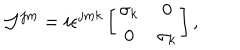
{ \cal J } ^ { j m } = i \epsilon ^ { j m k } \left[ \begin{array} { c c } { { \sigma _ { k } } } & { { 0 } } \\ { { 0 } } & { { \sigma _ { k } } } \\ \end{array} \right] ,